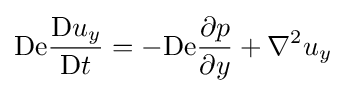
\mathrm {De} {\frac {\mathrm {D} u_{y}}{\mathrm {D} t}}=-\mathrm {De} {\frac {\partial p}{\partial y}}+\nabla ^{2}u_{y}